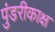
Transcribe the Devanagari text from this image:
पुंडरीकाक्ष